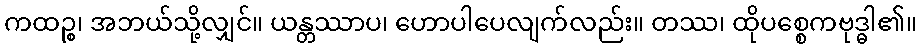
ကထဉ္စ၊ အဘယ်သို့လျှင်။ ယန္တဿာပ၊ ဟောပါပေလျက်လည်း။ တဿ၊ ထိုပစ္စေကဗုဒ္ဓါ၏။